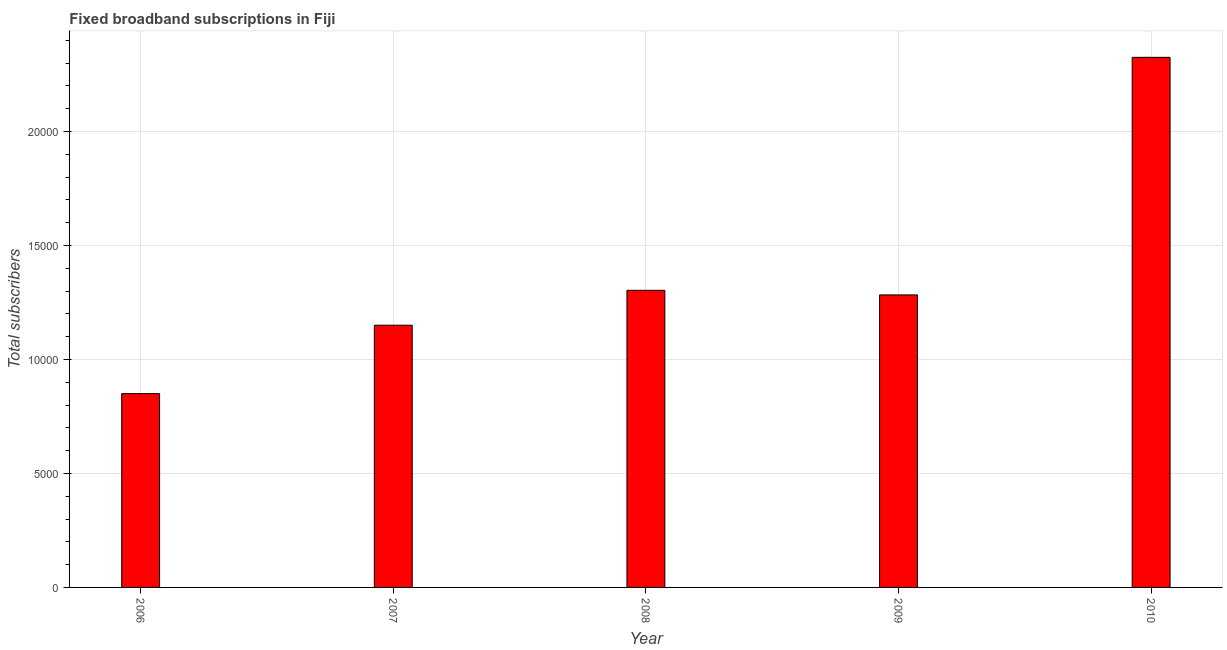
| Year | Fixed broadband subscriptions |
 | --- | --- |
 | 2006 | 8.5e+03 |
 | 2007 | 1.15e+04 |
 | 2008 | 1.3e+04 |
 | 2009 | 1.28e+04 |
 | 2010 | 2.32e+04 |